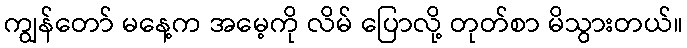
ကျွန်တော် မနေ့က အမေ့ကို လိမ် ပြောလို့ တုတ်စာ မိသွားတယ်။